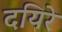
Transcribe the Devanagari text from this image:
दयिरे